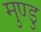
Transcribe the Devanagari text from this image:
मुण्डु